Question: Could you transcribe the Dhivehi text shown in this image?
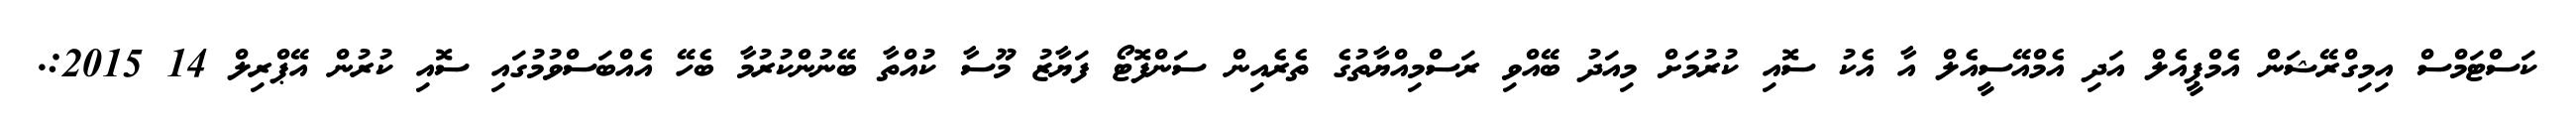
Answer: ކަސްޓަމްސް އިމިގްރޭޝަން އެމްޕީއެލް އަދި އެމްއޭސީއެލް އާ އެކު ސޮއި ކުރުމަށް މިއަދު ބޭއްވި ރަސްމިއްޔާތުގެ ތެރެއިން ސަންފޮޓޯ ފަޔާޒު މޫސާ ކުއްތާ ބޭނުންކުރުމާ ބެހޭ އެއްބަސްވުމުގައި ސޮއި ކުރުން އޭޕްރިލް 14 2015:.